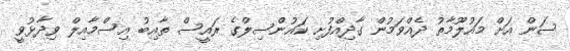
ސަން އަށް މައުލޫމާތު ދެއްވަމުން ގާދިއްފުށި ކައުންސިލްގެ ރައީސް ތާއިބު އިސްމާއިލް ވިދާޅުވީ